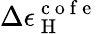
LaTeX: \Delta\epsilon_{\mathrm{~H~}}^{\mathrm{~c~o~f~e~}}